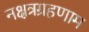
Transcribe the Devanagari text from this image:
नक्षत्रग्रहणाम